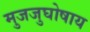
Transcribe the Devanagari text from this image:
मुजजुघोषाय